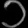
Digit: ၁